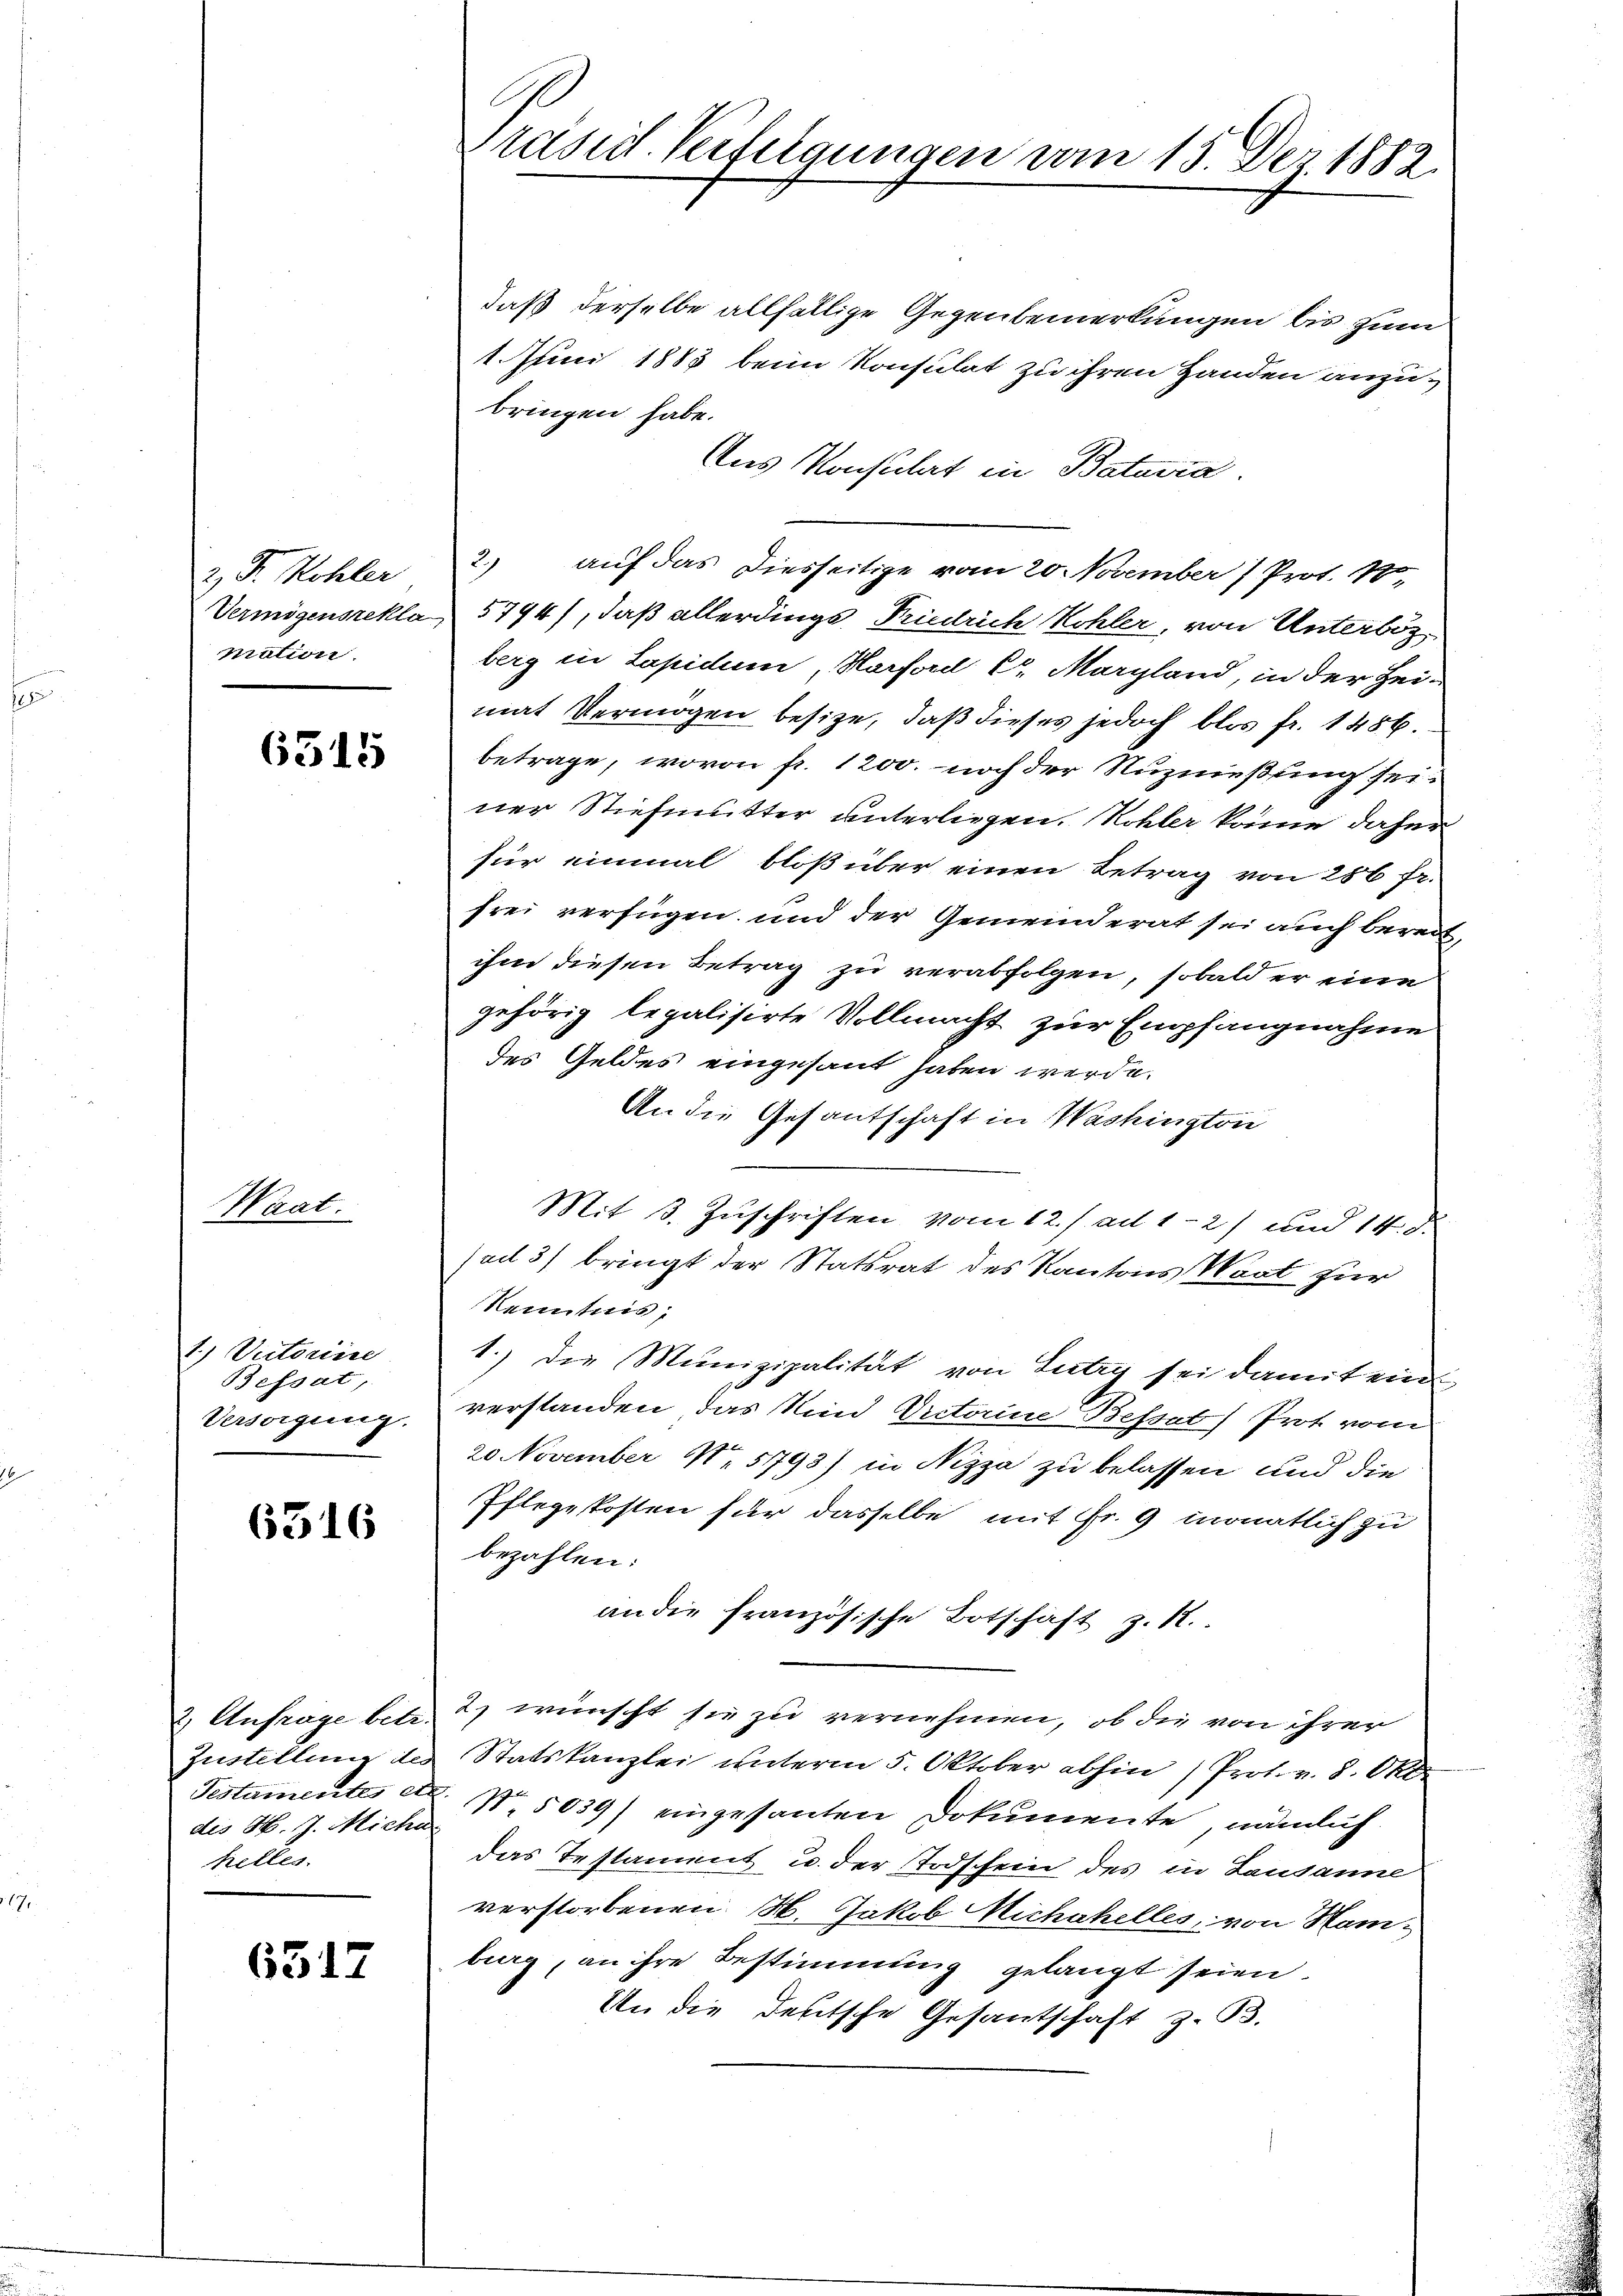
2) S. Kohler
niation.

6315

Waat.

1.) Veitoriire
Befsat,
Versorgung.

6316

2. Anfrage betr.
Zustellung des
Testamentes ei
des H. J. Micha
helles.

6317

Präsid. Verfügungen vom 15. Der 1882.

daß derselbe allfällige Gegenbemerkungen bis zum
1. Juni 1885 beim Konsulat zu ihren Handen anzubringen habe.
Aus Konsulat in Batavia.
2.) auf das Diesseitige vom 20. November (Prot. 100
Vermögensrekla 5794), daß allerdings Friedrich Kohler, von Unterbozberg in Lapidum, Harford C. Margland, in der Hei-
mat Vermögen besitze, daß dieses jedoch blos fr. 1486.
betrage, wovon fr. 1200. noch der Nuznießung seiner Stiefmutter unterliegen. Kohler könne daher
für einmal bloß über einen Betrag von 286 fr.
frei verfügen und der Gemeinderat sei auch bereit,
ihm diesen Betrag zu verabfolgen, sobald er eine
gehörig legalisirte Vollmacht zur Empfangnahme
des Geldes eingesant haben werde.
An die Gesantschaft in Washington
Mit 3. Zuschriften vom 12./. ad 1-2) und 14. d.
ad 3) bringt der Statsrat des Kantons Waat zur
Kenntnis,
1.) Die Munizipalität von Lutry sei damit ein
verstanden, das Kind Rectorine Bessab) Prot vom
20 November 1. 5793) in Nizza zu belassen und die
Pflegekosten für dasselbe mit Fr. 9 monatlich zu
bezahlen:
an die französische Botschaft z. R.
2) wünscht sie zu vernehmen, ob die von ihrer
Statskanzlei unterm 5. Oktober abhin (Prot. v. 8. Okt.
No. 5039) eingesanten Dokumente, nämlich
das Testament u. der Todschein des in Lausanne
verstorbenen H. Jakob Michahelles, von Homburg, an ihre Bestimmung gelangt seien.
An die Deutsche Gesantschaft z. B.